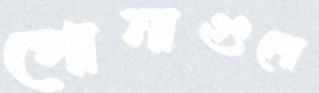
পোনাগুলো